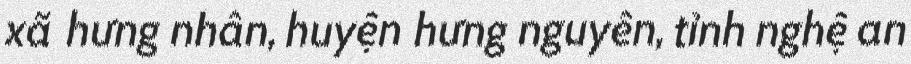
xã hưng nhân, huyện hưng nguyên, tỉnh nghệ an